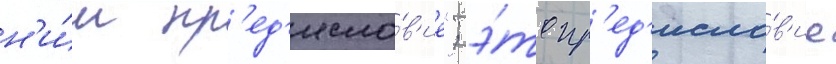
н'и́м пр'ед'исло́в'ие"; э́то пр'ед'исло́в'ие